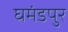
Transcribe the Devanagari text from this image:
घमंडपुर